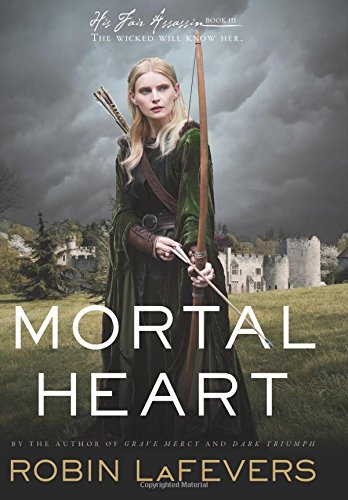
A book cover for Mortal Heart (His Fair Assassin Trilogy); Robin LaFevers; Teen & Young Adult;